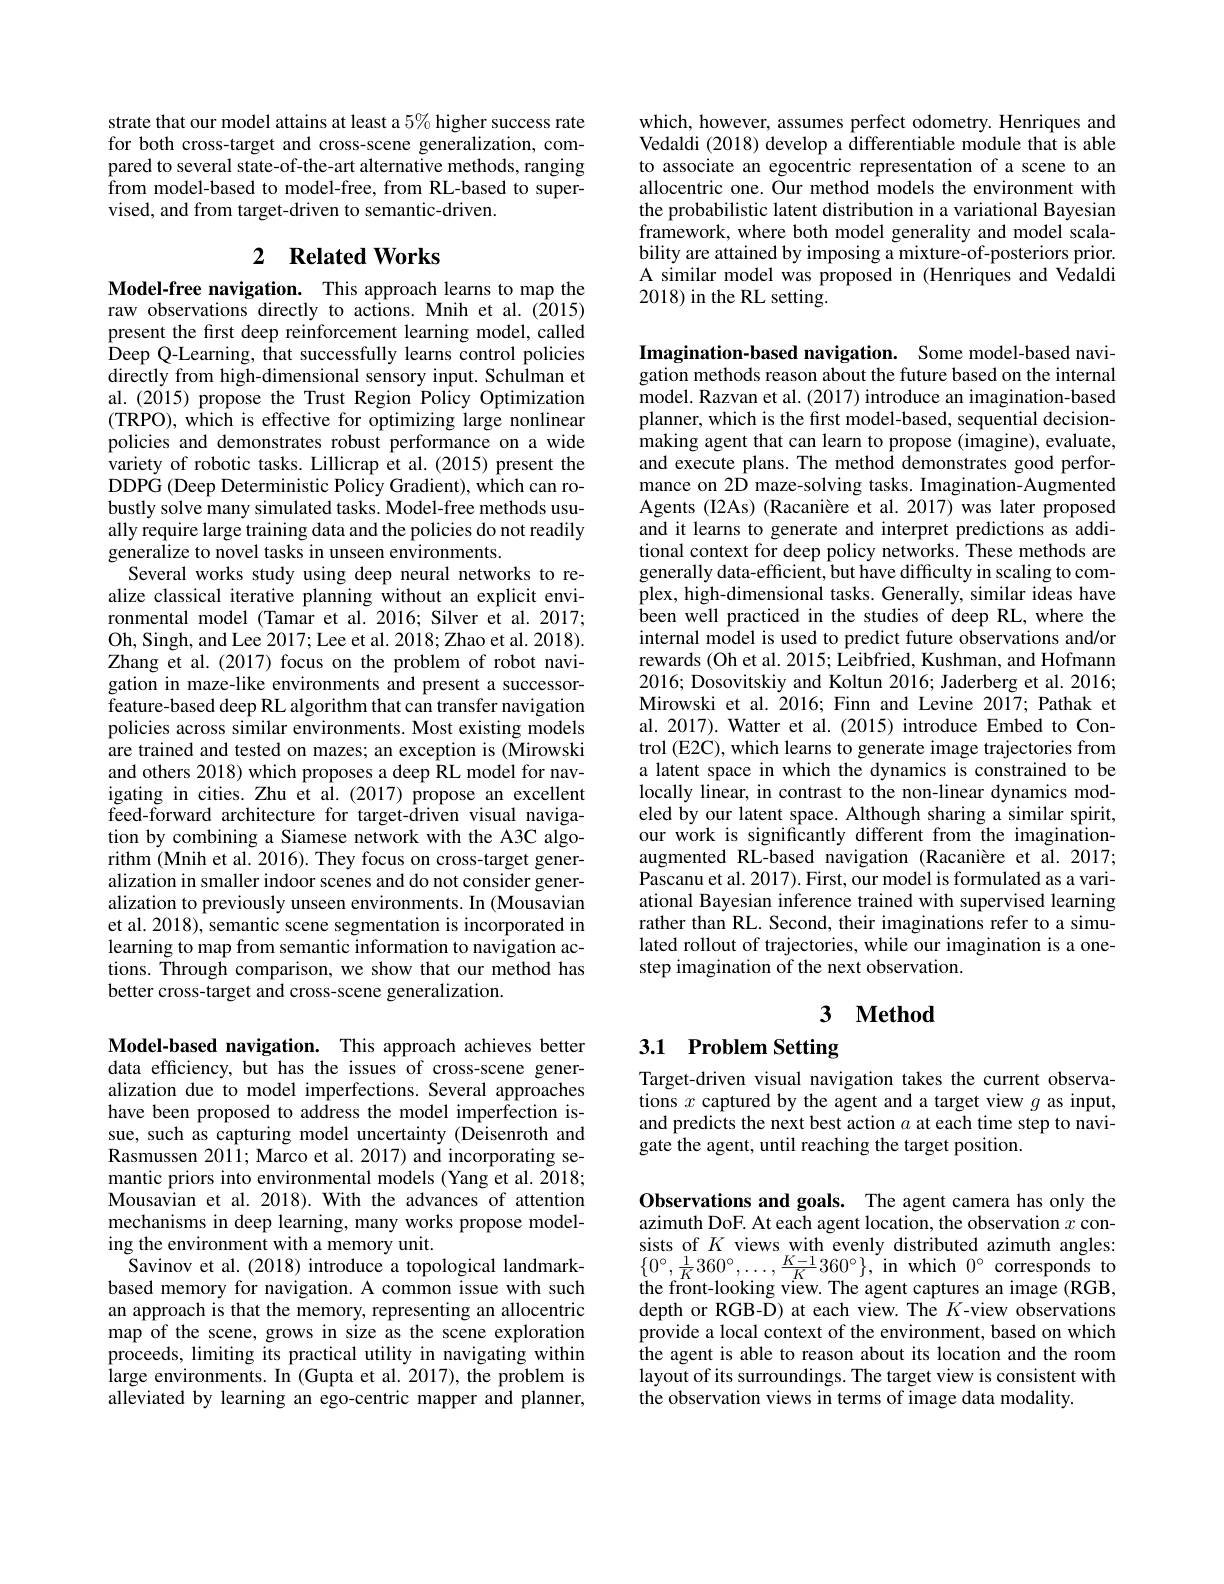
strate that our model attains at least a $5\%$ higher success rate for both cross-target and cross-scene generalization, compared to several state-of-the-art alternative methods, ranging from model- based to model- free, from RL- based to super- vised, and from target-driven to semantic-driven.

## 2 $\textbf{Related Works}$

Model-free navigation. This approach learns to map the raw observations directly to actions. Mnih et al.(2015) present the first deep reinforcement learning model, called Deep Q-Learning, that successfully learns control policies directly from high-dimensional sensory input. Schulman et al.(2015) propose the Trust Region Policy Optimization (TRPO), which is effective for optimizing large nonlinear policies and demonstrates robust performance on a wide variety of robotic tasks. Lillicrap et al. (2015) present the DDPG (Deep Deterministic Policy Gradient), which can robustly solve many simulated tasks. Model-free methods usually require large training data and the policies do not readily generalize to novel tasks in unseen environments.
Several works study using deep neural networks to realize classical iterative planning without an explicit environmental model (Tamar et al. 2016; Silver et al. 2017; Oh, Singh, and Lee 2017; Lee et al. 2018; Zhao et al. 2018). Zhang et al. (2017) focus on the problem of robot navigation in maze-like environments and present a successorfeature-based deep RL algorithm that can transfer navigation policies across similar environments. Most existing models are trained and tested on mazes; an exception is (Mirowski and others 2018) which proposes a deep RL model for navigating in cities. Zhu et al.(2017) propose an excellent feed-forward architecture for target-driven visual navigation by combining a Siamese network with the A3C algorithm (Mnih et al. 2016). They focus on cross-target generalization in smaller indoor scenes and do not consider generalization to previously unseen environments. In (Mousavian et al. 2018), semantic scene segmentation is incorporated in learning to map from semantic information to navigation actions. Through comparison, we show that our method has better cross-target and cross-scene generalization.

Model-based navigation. This approach achieves better data efficiency, but has the issues of cross-scene generalization due to model imperfections. Several approaches have been proposed to address the model imperfection issue, such as capturing model uncertainty (Deisenroth and Rasmussen 2011; Marco et al. 2017) and incorporating semantic priors into environmental models (Yang et al. 2018; Mousavian et al. 2018). With the advances of attention mechanisms in deep learning, many works propose modeling the environment with a memory unit.
Savinov et al. (2018) introduce a topological landmarkbased memory for navigation. A common issue with such an approach is that the memory, representing an allocentric map of the scene, grows in size as the scene exploration proceeds, limiting its practical utility in navigating within large environments. In (Gupta et al. 2017), the problem is alleviated by learning an ego-centric mapper and planner,

which, however, assumes perfect odometry. Henriques and Vedaldi (2018) develop a differentiable module that is able to associate an egocentric representation of a scene to an allocentric one. Our method models the environment with the probabilistic latent distribution in a variational Bayesian framework, where both model generality and model scalability are attained by imposing a mixture-of-posteriors prior. A similar model was proposed in (Henriques and Vedaldi 2018) in the RL setting.

Imagination-based navigation. Some model-based navigation methods reason about the future based on the internal model. Razvan et al. (2017) introduce an imagination-based planner, which is the first model-based, sequential decisionmaking agent that can learn to propose (imagine), evaluate, and execute plans. The method demonstrates good performance on 2D maze-solving tasks. Imagination-Augmented Agents (I2As) (Racanière et al. 2017) was later proposed and it learns to generate and interpret predictions as additional context for deep policy networks. These methods are generally data-efficient, but have difficulty in scaling to complex, high-dimensional tasks. Generally, similar ideas have been well practiced in the studies of deep RL, where the internal model is used to predict future observations and/or rewards (Oh et al. 2015; Leibfried, Kushman, and Hofmann 2016; Dosovitskiy and Koltun 2016; Jaderberg et al. 2016; Mirowski et al. 2016; Finn and Levine 2017; Pathak et al. 2017). Watter et al. (2015) introduce Embed to Control (E2C), which learns to generate image trajectories from a latent space in which the dynamics is constrained to be locally linear, in contrast to the non-linear dynamics modeled by our latent space. Although sharing a similar spirit, our work is significantly different from the imaginationaugmented RL-based navigation (Racanière et al.2017; Pascanu et al. 2017). First, our model is formulated as a variational Bayesian inference trained with supervised learning rather than RL. Second, their imaginations refer to a simulated rollout of trajectories, while our imagination is a onestep imagination of the next observation.

## 3 $\textbf{Method}$

# 3.1 Problem Setting

Target-driven visual navigation takes the current observations $x$ captured by the agent and a target view $g$ as input, and predicts the next best action $a$ at each time step to navigate the agent, until reaching the target position.

Observations and goals. The agent camera has only the azimuth DoF. At each agent location, the observation $x$ consists of $K$ views with evenly distributed azimuth angles: $\begin{array}{l}{\{0^{\circ},\frac{1}{K}360^{\circ},\ldots,\frac{K-1}{K}360^{\circ}\},\mathrm{~in~which~}0^{\circ}\mathrm{~corresponds~to}}\\{\text{the front-looking view.The agent captures an image (RGB,}}\\\end{array}$ depth or RGB-D) at each view. The $K$-view observations provide a local context of the environment, based on which the agent is able to reason about its location and the room layout of its surroundings. The target view is consistent with the observation views in terms of image data modality